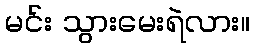
မင်း သွားမေးရဲလား။